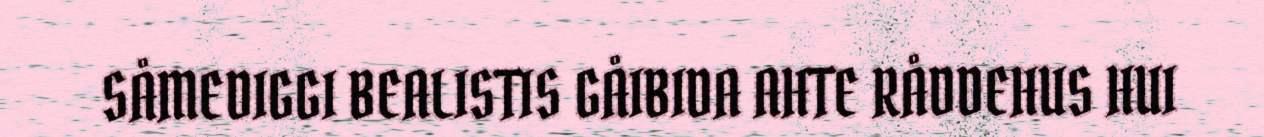
SÅMEDIGGI BEALISTIS GÅIBIDA AHTE RÅDDEHUS HUI